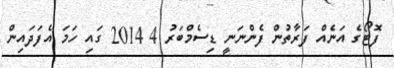
ފޮޓޯގެ އަނެއް ފަރާތުން ފެންނަނީ ޑިސެމްބަރު 4 2014 ގައި ހަމަ އެފަދައިން